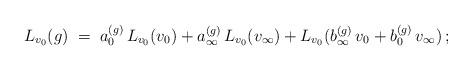
LaTeX: \begin{align*} L_{v_0}(g)\;=\;a_0^{(g)}\,L_{v_0}(v_0)+a_\infty^{(g)}\,L_{v_0}(v_\infty)+L_{v_0}(b_\infty^{(g)}\,v_0+ b_0^{(g)}\,v_\infty)\,;\end{align*}